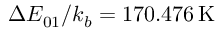
\Delta E _ { 0 1 } / k _ { b } = 1 7 0 . 4 7 6 \, \mathrm { K }